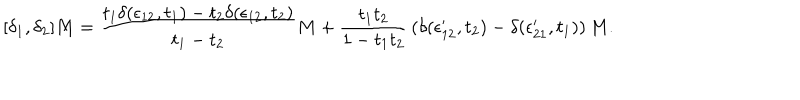
LaTeX: [ \delta _ { 1 } , \delta _ { 2 } ] M = { \frac { t _ { 1 } \delta ( \epsilon _ { 1 2 } , t _ { 1 } ) - t _ { 2 } \delta ( \epsilon _ { 1 2 } , t _ { 2 } ) } { t _ { 1 } - t _ { 2 } } } M + { \frac { t _ { 1 } t _ { 2 } } { 1 - t _ { 1 } t _ { 2 } } } \left( \delta ( \epsilon _ { 1 2 } ^ { \prime } , t _ { 2 } ) - \delta ( \epsilon _ { 2 1 } ^ { \prime } , t _ { 1 } ) \right) M .